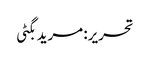
تحریر: مرید بگٹی